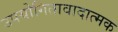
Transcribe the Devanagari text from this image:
उपयोगितावादात्मक